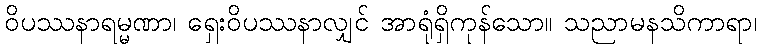
ဝိပဿနာရမ္မဏာ၊ ရှေးဝိပဿနာလျှင် အာရုံရှိကုန်သော။ သညာမနသိကာရာ၊